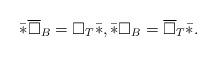
LaTeX: \begin{align*}\bar*\overline\square_B =\square_T \bar *,\bar*\square_B =\overline\square_T \bar * .\end{align*}